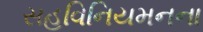
સહવિનિયમનના